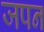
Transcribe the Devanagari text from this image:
जपन